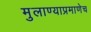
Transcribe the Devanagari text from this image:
मुलाण्याप्रमाणेच